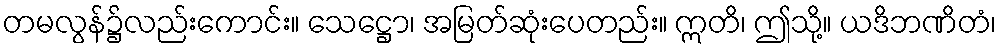
တမလွန်၌လည်းကောင်း။ သေဋ္ဌော၊ အမြတ်ဆုံးပေတည်း။ ဣတိ၊ ဤသို့။ ယဒိဘဏိတံ၊